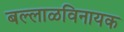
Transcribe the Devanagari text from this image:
बल्लाळविनायक